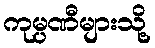
ကုမ္ပဏီများသို့